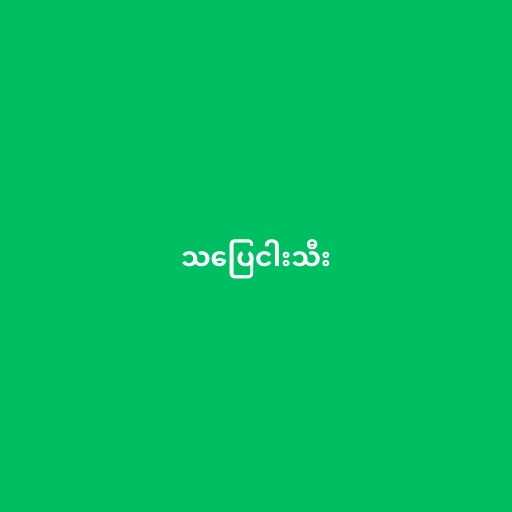
သပြေငါးသီး